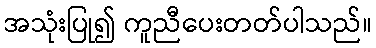
အသုံးပြု၍ ကူညီပေးတတ်ပါသည်။